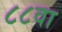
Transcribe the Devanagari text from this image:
८८वा